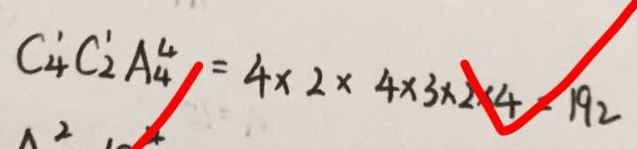
C _ { 4 } ^ { 1 } C _ { 2 } ^ { 1 } A _ { 4 } ^ { 4 } = 4 \times 2 \times 4 \times 3 \times 2 \times 4 - 1 9 2